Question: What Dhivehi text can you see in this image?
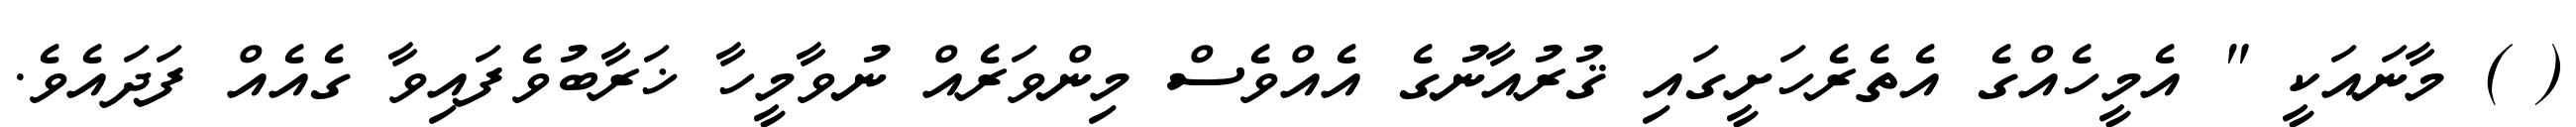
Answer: ( ) މާނައަކީ " އެމީހެއްގެ އެތެރެހަށީގައި ޤުރުއާނުގެ އެއްވެސް މިންވަރެއް ނުވާމީހާ ޚަރާބުވެފައިވާ ގެއެއް ފަދައެވެ.